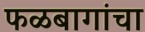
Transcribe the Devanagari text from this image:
फळबागांचा